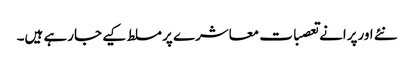
نئے اورپرانے تعصبات معاشرے پر مسلط کیے جارہے ہیں۔